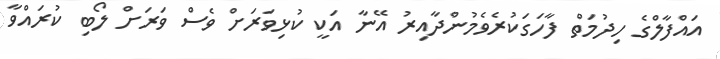
އައްފާލްގެ ހިދުމަތް ފާހަަގަކުރެވެމުންދާއިރު އޭނާ އަކީ ކުޅިވަރަށް ވެސް ވަރަށް ލޯބި ކުރައްވާ